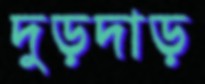
দুড়দাড়